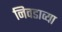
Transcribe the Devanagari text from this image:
निवडाव्या